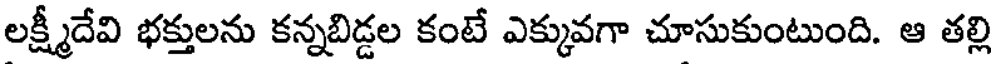
లక్ష్మీదేవి భక్తులను కన్నబిడ్డల కంటే ఎక్కువగా చూసుకుంటుంది. ఆ తల్లి